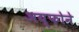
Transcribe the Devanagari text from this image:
अय्फोने